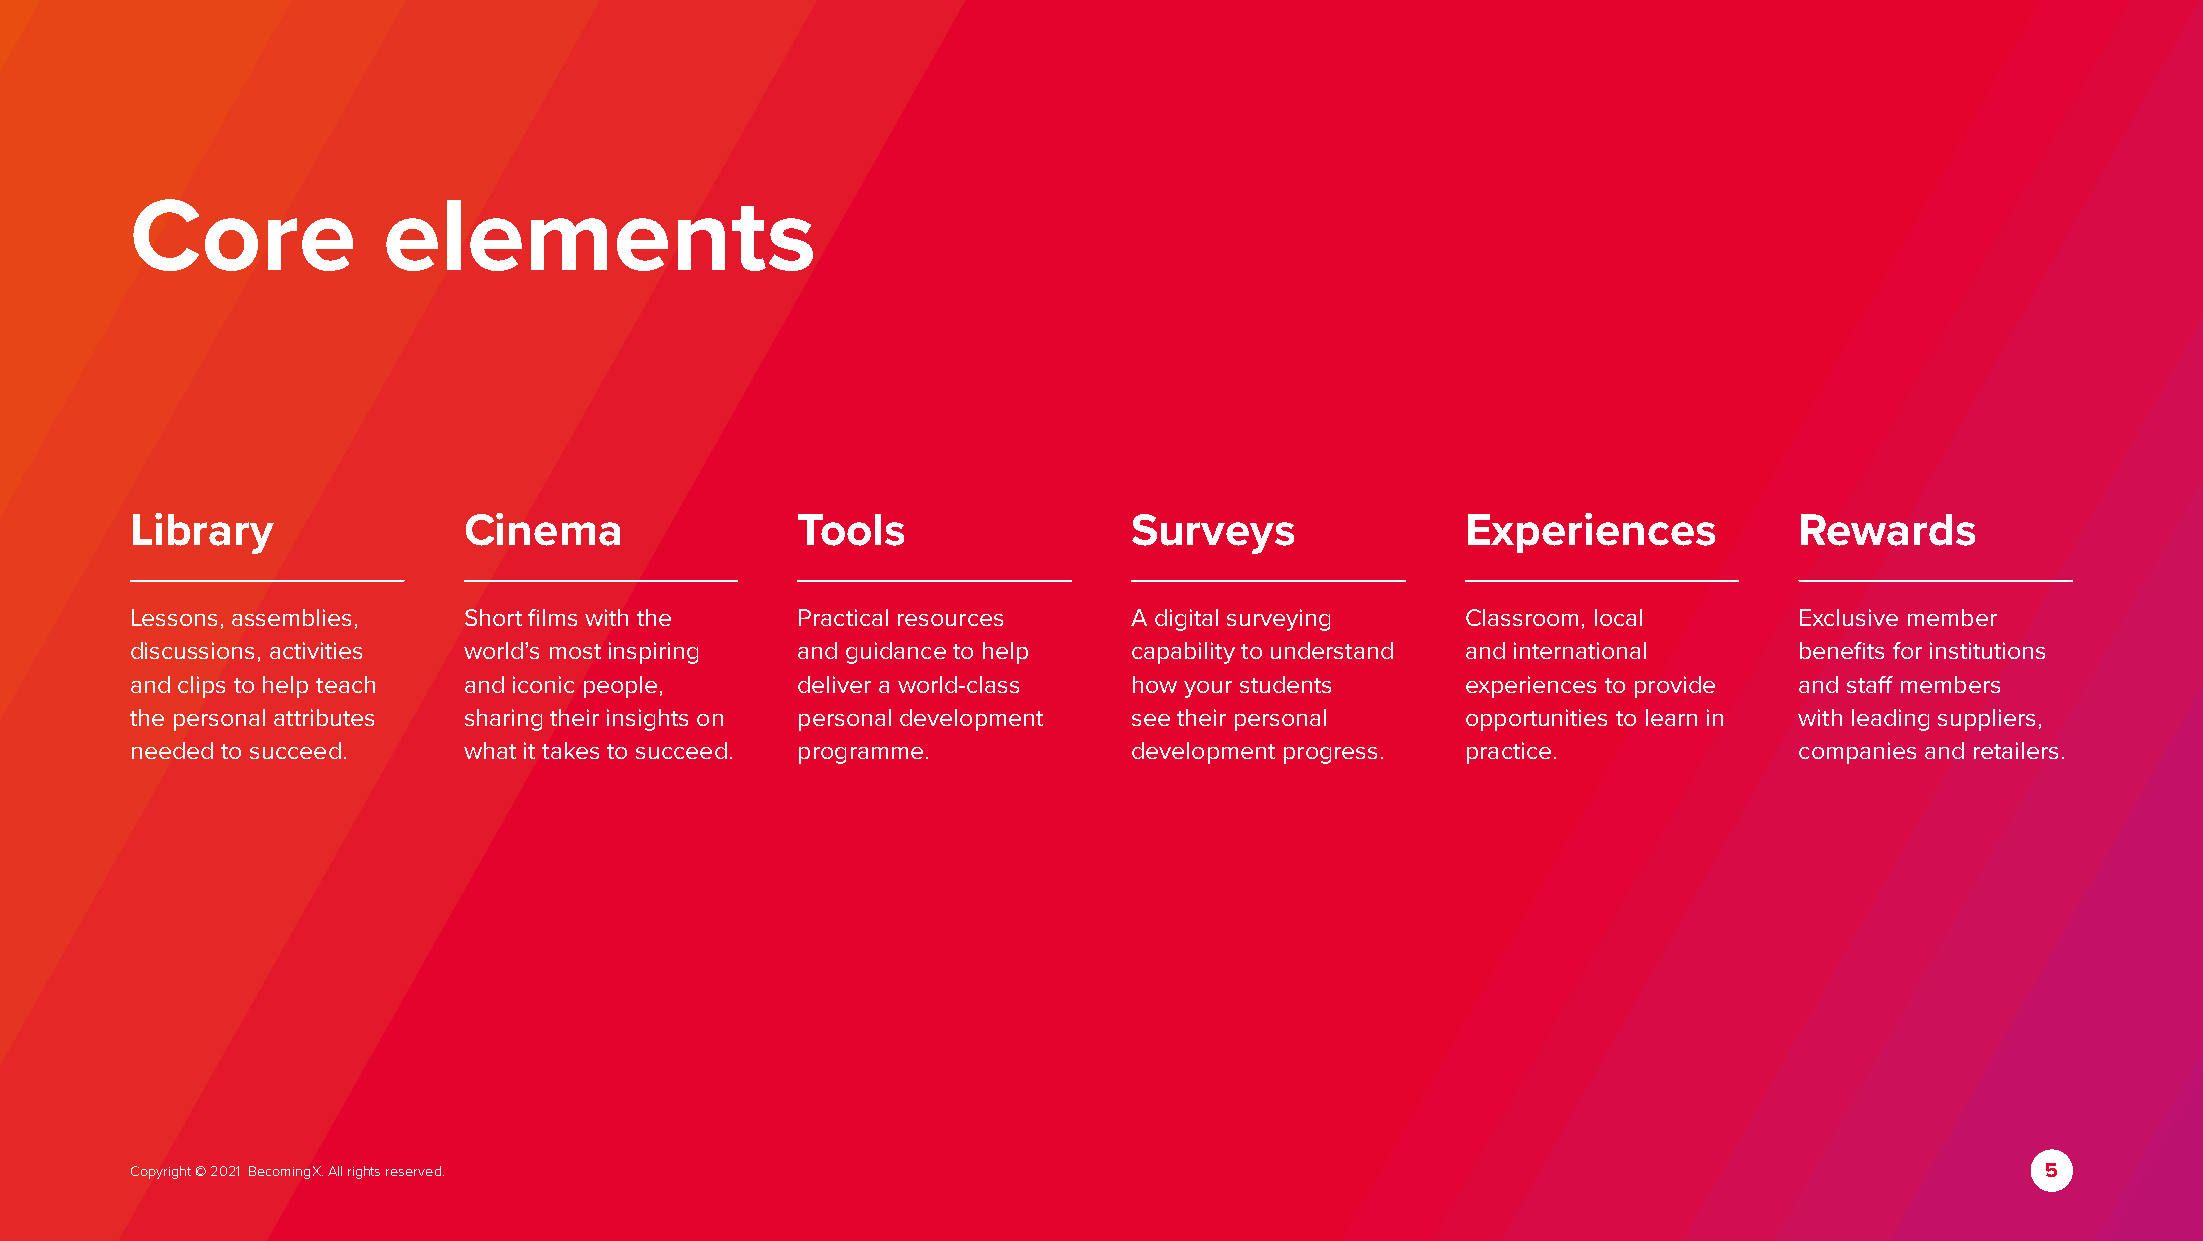
Core            elements
 Library               Cinema                Tools                 Surveys               Experiences           Rewards
 Lessons, assemblies,  Short films with the  Practical resources   A digital surveying   Classroom, local      Exclusive member
 discussions, activities world’s most inspiring and guidance to help capability to understand and international benefits for institutions
 and clips to help teach and iconic people,  deliver a world-class how your students     experiences to provide and staff members
 the personal attributes sharing their insights on personal development see their personal opportunities to learn in with leading suppliers,
 needed to succeed.    what it takes to succeed. programme.        development progress. practice.             companies and retailers.
 Copyright © 2021 BecomingX. All rights reserved.                                                                              5